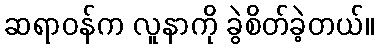
ဆရာဝန်က လူနာကို ခွဲစိတ်ခဲ့တယ်။